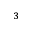
_ 3